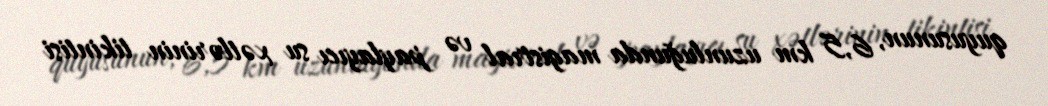
quyusunun, 6,5 km uzunluğunda magistral və paylayıcı su xətlərinin tikintisi